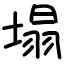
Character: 塌